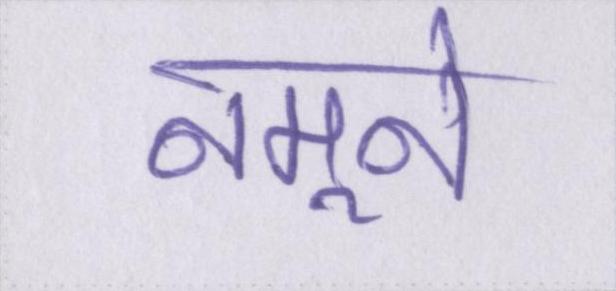
नमूने